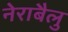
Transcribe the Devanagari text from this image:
नेराबैलु